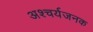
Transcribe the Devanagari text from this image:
अश्चर्यजनक